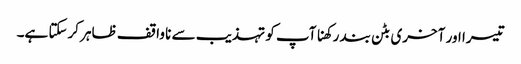
تیسرا اور آخری بٹن بند رکھنا آپ کو تہذیب سے نا واقف ظاہر کرسکتا ہے۔